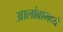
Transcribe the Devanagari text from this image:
आलांब्रामध्ये